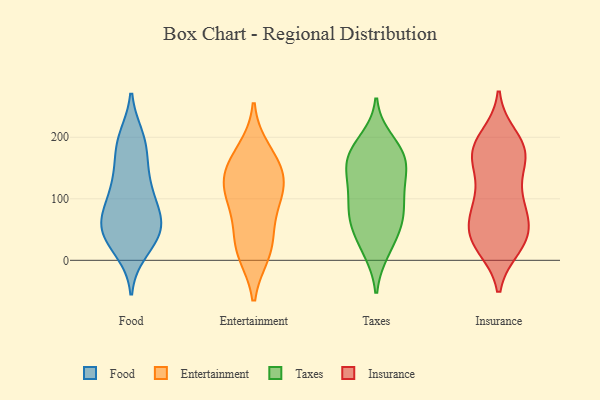
{"axis": {"x": "Active Users", "y": "Value"}, "legend": ["Entertainment", "Food", "Insurance", "Taxes"], "data": [{"x": "", "y": 27, "type": "Food"}, {"x": "", "y": 129, "type": "Food"}, {"x": "", "y": 58, "type": "Food"}, {"x": "", "y": 194, "type": "Food"}, {"x": "", "y": 79, "type": "Food"}, {"x": "", "y": 38, "type": "Food"}, {"x": "", "y": 15, "type": "Food"}, {"x": "", "y": 156, "type": "Food"}, {"x": "", "y": 55, "type": "Food"}, {"x": "", "y": 75, "type": "Food"}, {"x": "", "y": 125, "type": "Food"}, {"x": "", "y": 198, "type": "Food"}, {"x": "", "y": 105, "type": "Food"}, {"x": "", "y": 53, "type": "Food"}, {"x": "", "y": 110, "type": "Food"}, {"x": "", "y": 69, "type": "Food"}, {"x": "", "y": 29, "type": "Food"}, {"x": "", "y": 173, "type": "Food"}, {"x": "", "y": 200, "type": "Food"}, {"x": "", "y": 54, "type": "Food"}, {"x": "", "y": 177, "type": "Entertainment"}, {"x": "", "y": 13, "type": "Entertainment"}, {"x": "", "y": 17, "type": "Entertainment"}, {"x": "", "y": 123, "type": "Entertainment"}, {"x": "", "y": 98, "type": "Entertainment"}, {"x": "", "y": 37, "type": "Entertainment"}, {"x": "", "y": 124, "type": "Entertainment"}, {"x": "", "y": 148, "type": "Entertainment"}, {"x": "", "y": 154, "type": "Entertainment"}, {"x": "", "y": 88, "type": "Entertainment"}, {"x": "", "y": 17, "type": "Taxes"}, {"x": "", "y": 132, "type": "Taxes"}, {"x": "", "y": 59, "type": "Taxes"}, {"x": "", "y": 96, "type": "Taxes"}, {"x": "", "y": 167, "type": "Taxes"}, {"x": "", "y": 144, "type": "Taxes"}, {"x": "", "y": 173, "type": "Taxes"}, {"x": "", "y": 167, "type": "Taxes"}, {"x": "", "y": 182, "type": "Taxes"}, {"x": "", "y": 195, "type": "Taxes"}, {"x": "", "y": 85, "type": "Taxes"}, {"x": "", "y": 156, "type": "Taxes"}, {"x": "", "y": 104, "type": "Taxes"}, {"x": "", "y": 51, "type": "Taxes"}, {"x": "", "y": 15, "type": "Taxes"}, {"x": "", "y": 67, "type": "Taxes"}, {"x": "", "y": 62, "type": "Taxes"}, {"x": "", "y": 122, "type": "Taxes"}, {"x": "", "y": 182, "type": "Insurance"}, {"x": "", "y": 61, "type": "Insurance"}, {"x": "", "y": 104, "type": "Insurance"}, {"x": "", "y": 23, "type": "Insurance"}, {"x": "", "y": 200, "type": "Insurance"}, {"x": "", "y": 155, "type": "Insurance"}, {"x": "", "y": 162, "type": "Insurance"}, {"x": "", "y": 91, "type": "Insurance"}, {"x": "", "y": 171, "type": "Insurance"}, {"x": "", "y": 175, "type": "Insurance"}, {"x": "", "y": 35, "type": "Insurance"}, {"x": "", "y": 177, "type": "Insurance"}, {"x": "", "y": 36, "type": "Insurance"}, {"x": "", "y": 44, "type": "Insurance"}, {"x": "", "y": 85, "type": "Insurance"}, {"x": "", "y": 188, "type": "Insurance"}, {"x": "", "y": 68, "type": "Insurance"}, {"x": "", "y": 31, "type": "Insurance"}, {"x": "", "y": 108, "type": "Insurance"}, {"x": "", "y": 28, "type": "Insurance"}]}